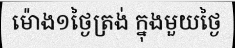
ម៉ោង១ថ្ងៃត្រង់ ក្នុងមួយថ្ងៃ